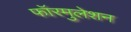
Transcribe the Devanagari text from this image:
फॉरमुलेशन